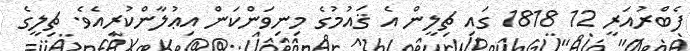
ފެބްރުއަރީ 12 1818 ގައި ޗިލީން އެ ޤައުމުގެ މިނިވަންކަން އިޢުލާންކުރިއެވެ. ޗިލީގެ